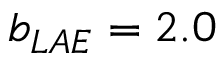
b _ { L A E } = 2 . 0